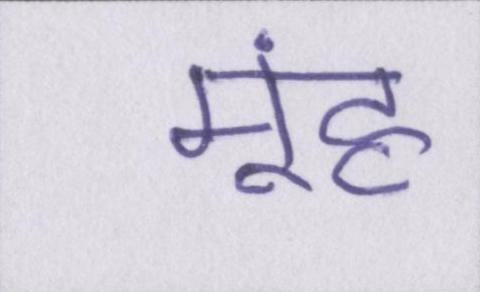
मूंह